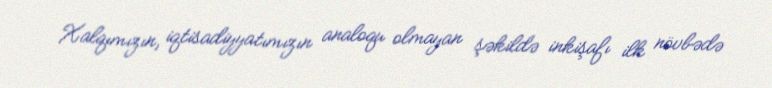
Xalqımızın, iqtisadiyyatımızın analoqu olmayan şəkildə inkişafı ilk növbədə